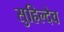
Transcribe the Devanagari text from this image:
सुहिल्देव